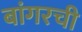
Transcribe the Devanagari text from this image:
बांगरची